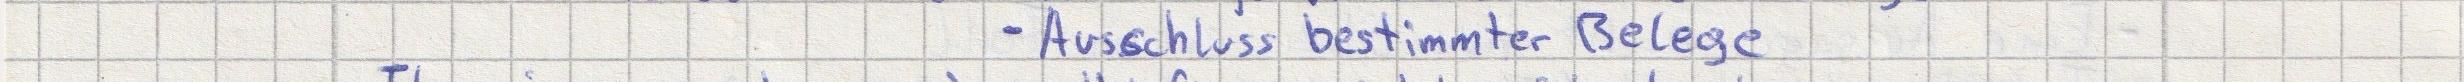
- Ausschluss bestimmter Belege